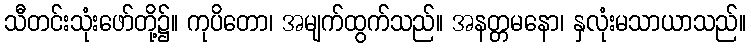
သီတင်းသုံးဖော်တို့၌။ ကုပိတော၊ အမျက်ထွက်သည်။ အနတ္တမနော၊ နှလုံးမသာယာသည်။